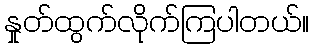
နှုတ်ထွက်လိုက်ကြပါတယ်။